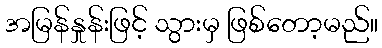
အမြန်နှုန်းဖြင့် သွားမှ ဖြစ်တော့မည်။